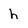
Character: h